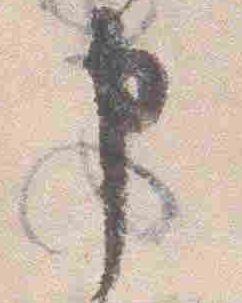
申